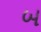
બ